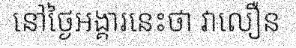
នៅថ្ងៃអង្គារនេះថា វាលឿន